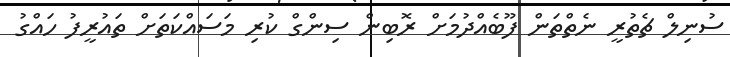
ސުނިލް ޗެތުރީ ނެތްތަން ފޫބެއްދުމަށް ރޮބިން ސިންގް ކުރި މަސައްކަތަށް ތައުރީފު ހައްގު